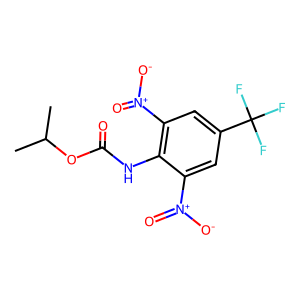
SMILES: CC(C)OC(=O)Nc1c([N+](=O)[O-])cc(C(F)(F)F)cc1[N+](=O)[O-]
Inhibits HIV replication: No